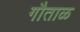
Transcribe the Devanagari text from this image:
गौताळ